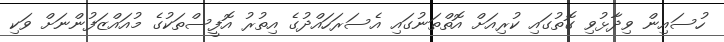
ހުސައިން ވިދާޅުވި ގޮތުގައި ކުރިއަށް އޮތްތަނުގައި އެސަރަހައްދުގެ އިތުރު އޮފީސްތަކުގެ މުއައްޒަފުންނަށް ވަކި